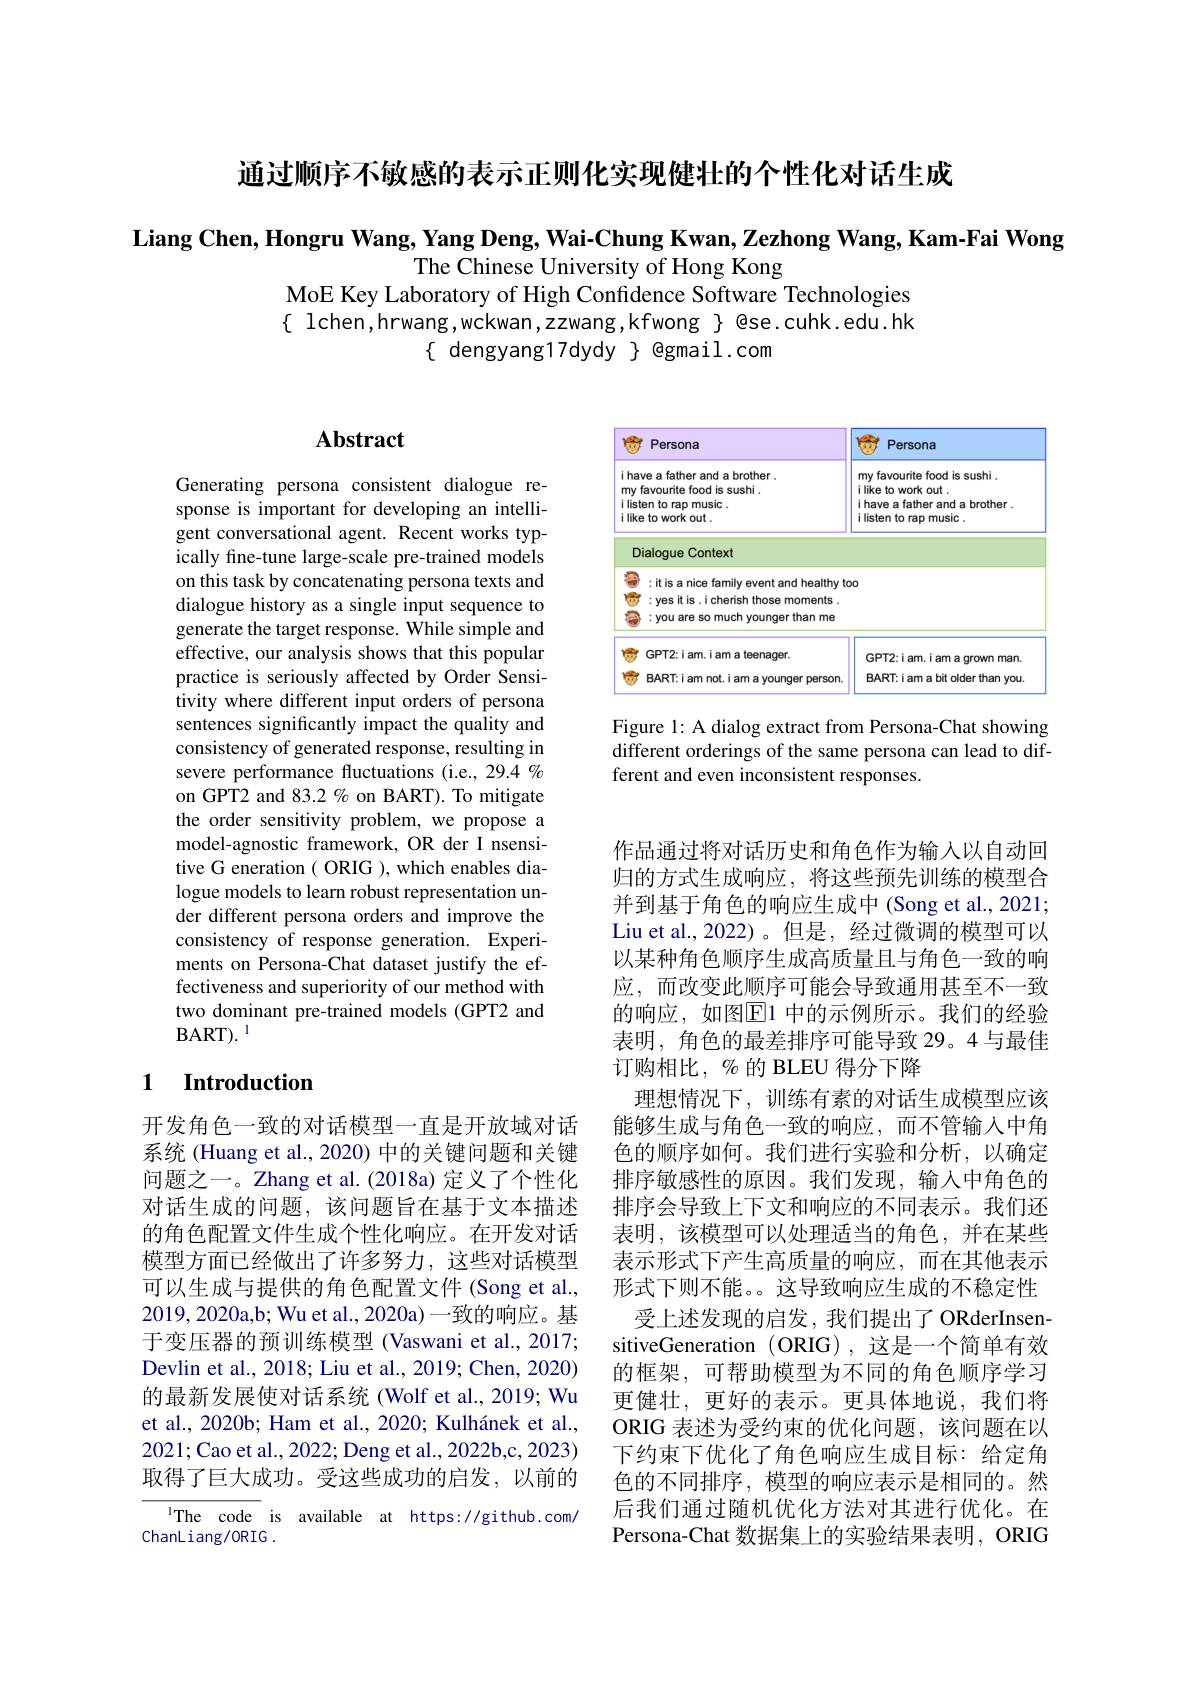
通过顺序不敏感的表示正则化实现健壮的个性化对话生成

Liang Chen, Hongru Wang, Yang Deng, Wai-Chung Kwan, Zezhong Wang, Kam-Fai Wong
The Chinese University of Hong Kong
MoE Key Laboratory of High Confidence Software Technologies $\{$ lchen,hrwang,wckwan,zzwang,kfwong $\}$ @se.cuhk.edu.hk
$\{$ dengyang17dydy $\}$ @gmail.com

### $\mathbf{Abstract}$

Generating persona consistent dialogue response is important for developing an intelligent conversational agent. Recent works typically fine-tune large-scale pre-trained models on this task by concatenating persona texts and dialogue history as a single input sequence to generate the target response. While simple and effective, our analysis shows that this popular practice is seriously affected by Order Sensitivity where different input orders of persona sentences significantly impact the quality and consistency of generated response, resulting in severe performance fluctuations (i.e., 29.4 % on GPT2 and 83.2 % on BART). To mitigate the order sensitivity problem, we propose a model-agnostic framework, OR der I nsensitive G eneration ( ORIG ), which enables dialogue models to learn robust representation under different persona orders and improve the consistency of response generation. Experiments on Persona-Chat dataset justify the effectiveness and superiority of our method with two dominant pre-trained models (GPT2 and BART$) . ^{1}$

### 1 Introduction

开发角色一致的对话模型一直是开放域对话系统 (Huang et al., 2020) 中的关键问题和关键问题之一。Zhang et al.(2018a) 定义了个性化对话生成的问题，该问题旨在基于文本描述的角色配置文件生成个性化响应。在开发对话模型方面已经做出了许多努力，这些对话模型可以生成与提供的角色配置文件(Song et al., 2019,2020a,b; Wu et al., 2020a)一致的响应。基于变压器的预训练模型 (Vaswani et al., 2017; Devlin et al., 2018; Liu et al., 2019; Chen, 2020) 的最新发展使对话系统(Wolf et al., 2019; Wu et al., 2020b; Ham et al., 2020; Kulhánek et al., 2021;Cao et al., 2022; Deng et al., 2022b,c, 2023) 取得了巨大成功。受这些成功的启发，以前的
IThe code is available at https://github.com/

ChanLiang/ORIG .

<FigureHere>

Figure 1: A dialog extract from Persona-Chat showing different orderings of the same persona can lead to different and even inconsistent responses.

作品通过将对话历史和角色作为输入以自动回归的方式生成响应，将这些预先训练的模型合并到基于角色的响应生成中(Song et al., 2021; Liu et al., 2022)。但是，经过微调的模型可以以某种角色顺序生成高质量且与角色一致的响应，而改变此顺序可能会导致通用甚至不一致的响应，如图$\overline{\mathrm{E}}$1 中的示例所示。我们的经验表明，角色的最差排序可能导致 29。4 与最佳订购相比，%的 BLEU 得分下降
理想情况下，训练有素的对话生成模型应该能够生成与角色一致的响应，而不管输入中角色的顺序如何。我们进行实验和分析，以确定排序敏感性的原因。我们发现，输入中角色的排序会导致上下文和响应的不同表示。我们还表明，该模型可以处理适当的角色，并在某些表示形式下产生高质量的响应，而在其他表示形式下则不能。。这导致响应生成的不稳定性受上述发现的启发，我们提出了 ORderInsensitiveGeneration (ORIG),这是一个简单有效的框架，可帮助模型为不同的角色顺序学习更健壮，更好的表示。更具体地说，我们将ORIG 表述为受约束的优化问题，该问题在以下约束下优化了角色响应生成目标：给定角色的不同排序，模型的响应表示是相同的。然后我们通过随机优化方法对其进行优化。在Persona-Chat 数据集上的实验结果表明，ORIG